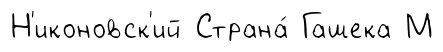
Н'иконовск'ий Страна́ Гашека М